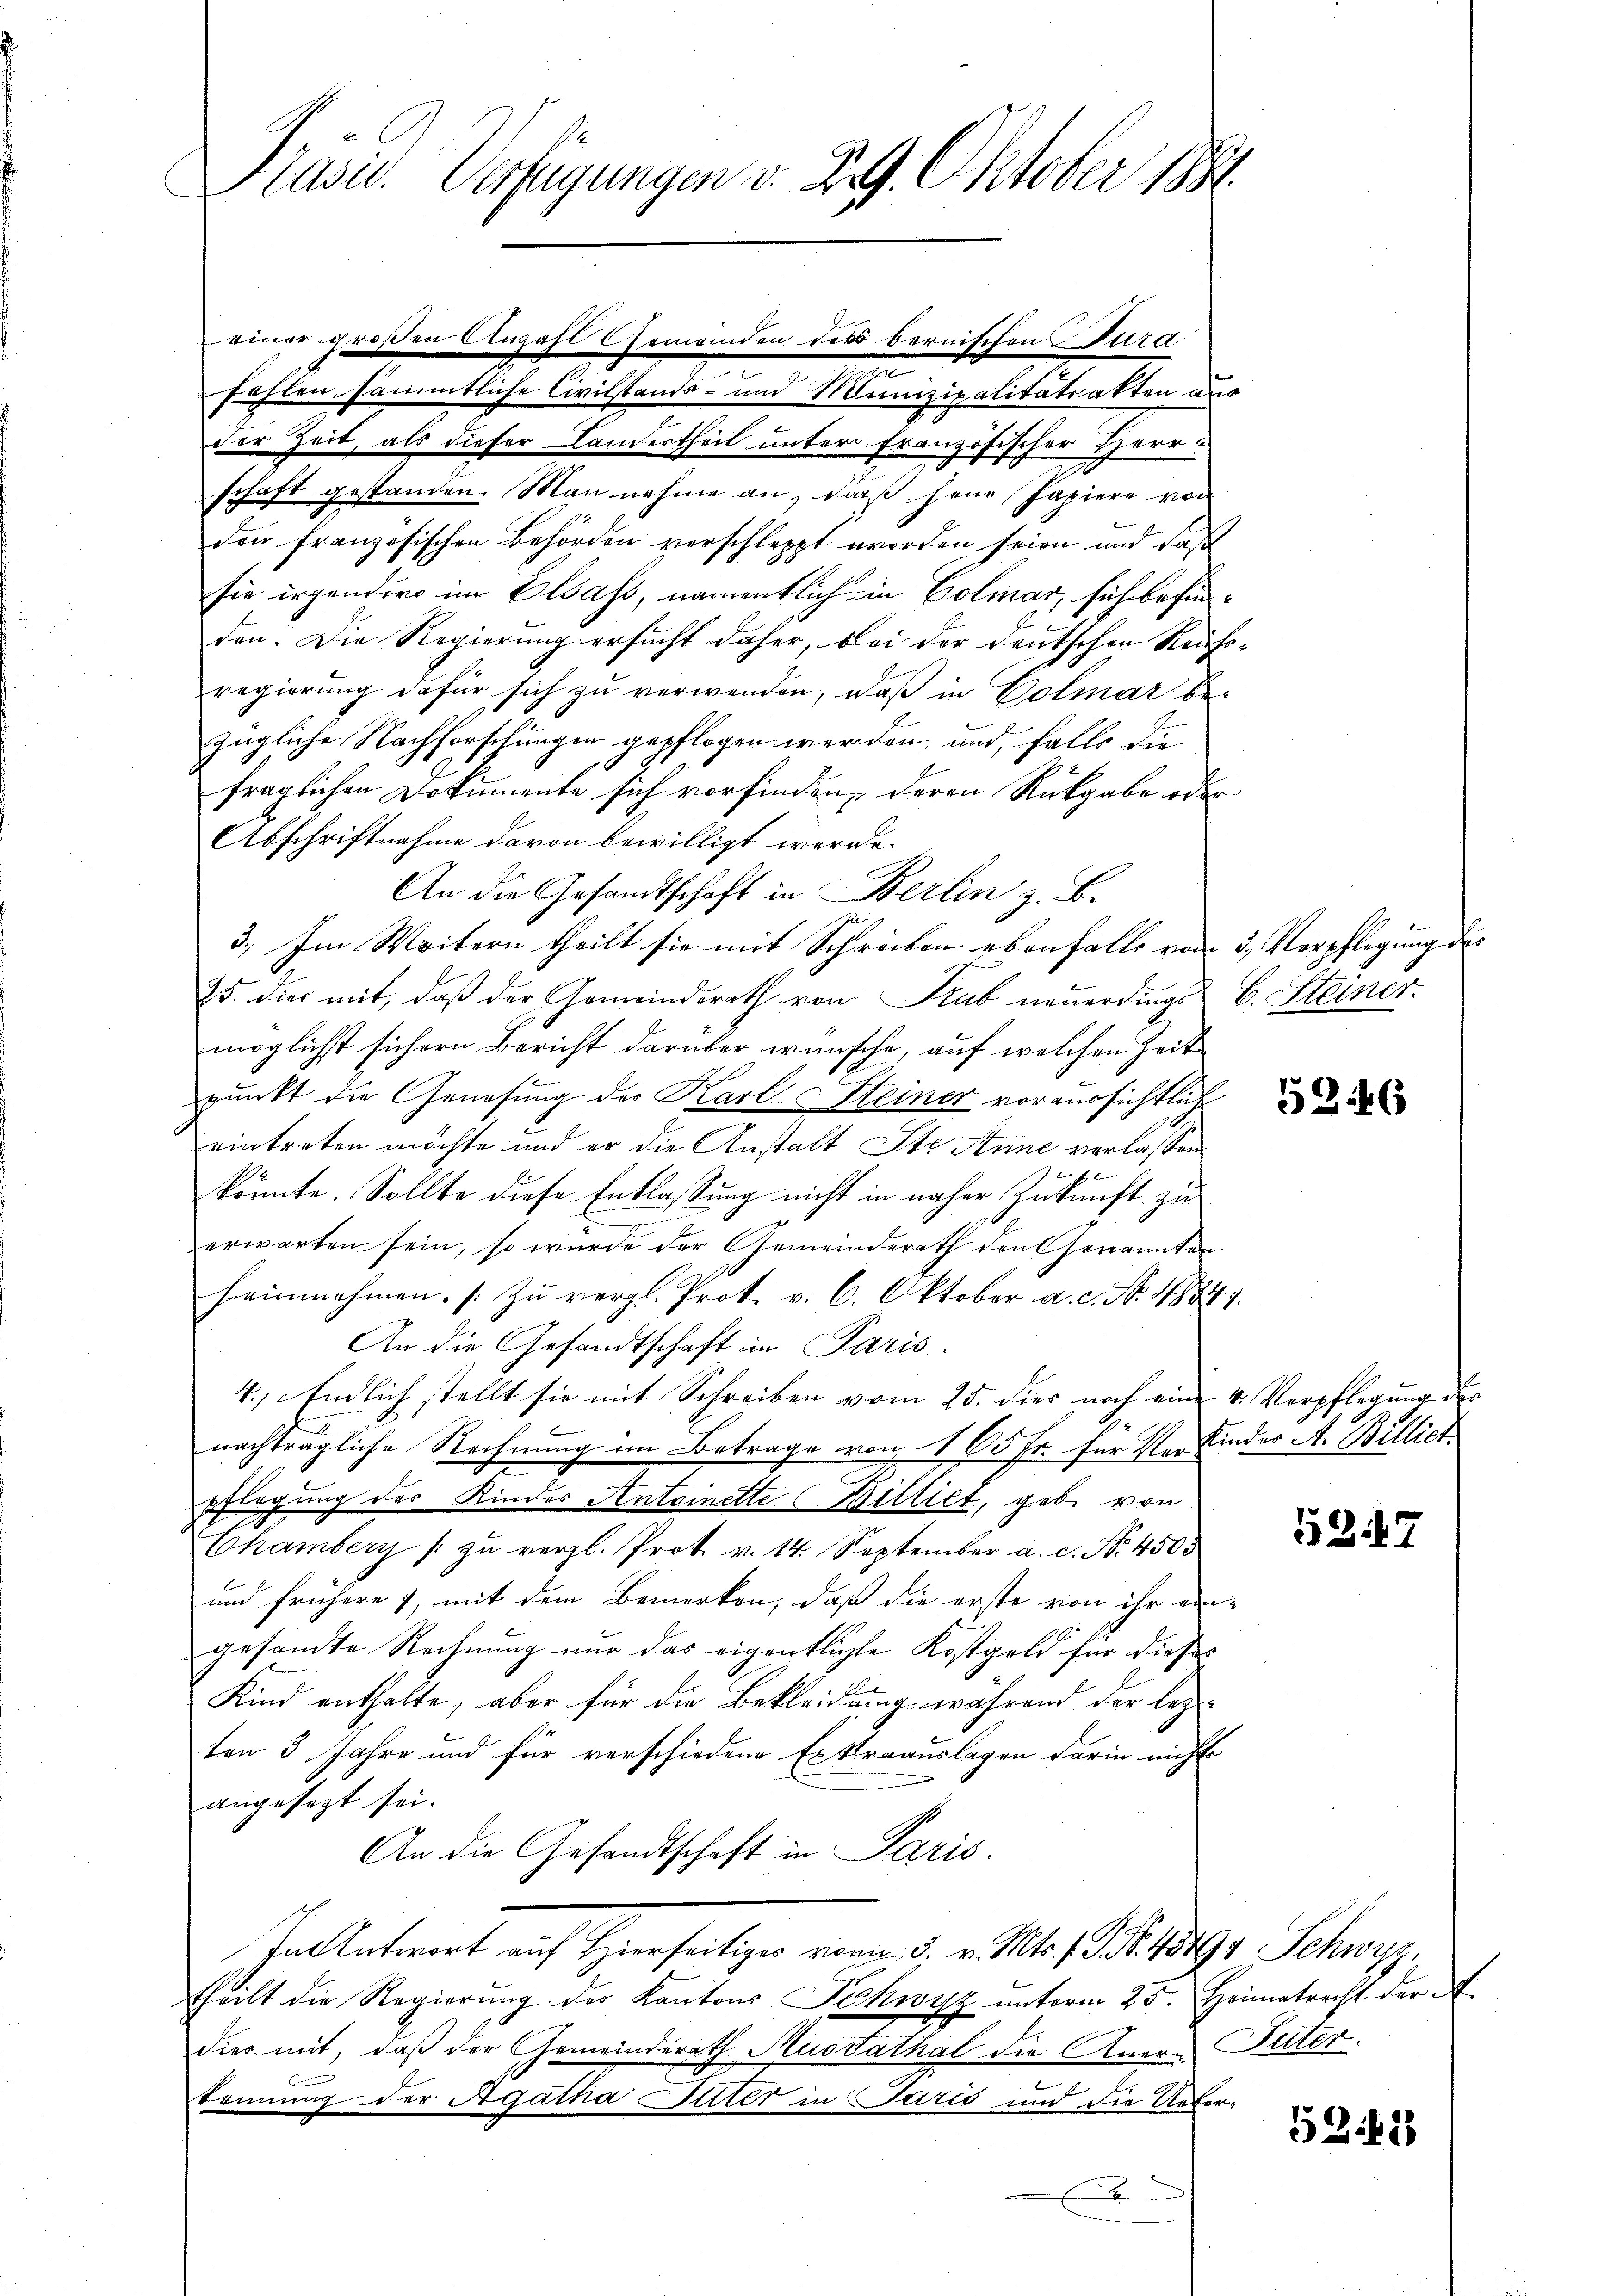
2
Präsid.. Verfügungen v. 229. Oktober 1886.

einer großen Anzahl Gemeinden des bernischen Tura
.
e
fehlen sämmtliche Civilstands- und Munizipalitätsakten aus
der Zeit, als dieser Landertheil unter französischer Herr?
schaft gestanden. Man nahme an, daß jene Papiere von
den französischen Behörden verschleppt worden seien und daß
sie irgendere im Elsass, namentlich in Colmar, sich befunden. Die Regierung ersucht daher, bei der deutschen Reichs-
regierung dafür sich zu verwenden, daß in Colmar bezügliche Nachforschungen gepflogen werden, und, falls die
fraglichen Dokumente sich vorfinden, deren Rückgabe oder
Abschriftnahme davon bewilligt werde.
An die Gesandtschaft in Berlin z. B.
3.) Im Weitern theilt sie mit Schreiben ebenfalls vom 3. Verpflegung des
75. dies mit, daβ der Gemeinderath von Trub neuerdings C. Steiner
möglichst sichern Bericht darüber wünsche, auf welchen Zeit
punkt die Genesung des Karl SSteiner voraussichtlich
eintreten möchte und er die Anstalt Ste Anne verlassen

könnte. Sollte diese Entlassung nicht in näher Zukunft zu
erwarten sein, so wurde der Gemeinderath den Genannten
heimnehmen. (Zu vergl. Prot. v. 6. Oktober a. c. No. 48347.
An die Gesandtschaft im Paris.
4.) Endlich stellt sie mit Schreiben vom 25. dies noch eine v. Verpflegung der
nachträgliche Rechnung im Betrage von 165 Fr. für der Kinder A. Billich
pflegung des Kindes Antoinette Billiet, geb. von
Chamberg / zŭ vergl. Prot. v. 14. September a. c. No. 4503
und frühere 7, mit dem Bemerken, daß die erste von ihr ein-
gesamte Rechnung nur das eigentlichte Kostgeld für dieses
Kind enthalte, aber für die Bekleidung während der lez-
ten 3 Jahre und für verschiedene Extraauslagen darin nicht
angesezt sei.
An die Gesandtschaft in Paris.
In Antwort auf Hierseitiger vom 5. v. Mts. g. Schwyz,
theilt die Regierŭng der Kantons Schwyz unterm 25. Heimatrecht der A
dies mit, daß der Gemeinderath Ausdathal die Anere Peter.
kennung der Agatha Pater in Paris und die Ueber¬

5246

5247

5342)